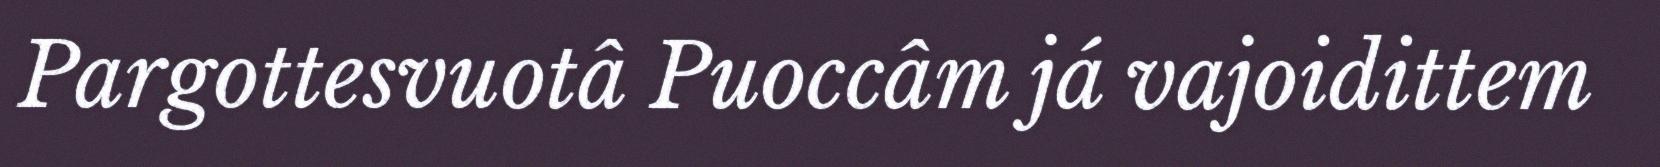
Pargottesvuotâ Puoccâm já vajoidittem